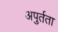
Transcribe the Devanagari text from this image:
अपुर्तता